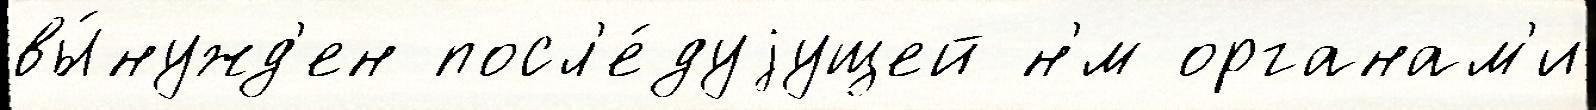
вы́нужд'ен посл'е́дуjущей н'́м органам'и